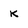
Character: K